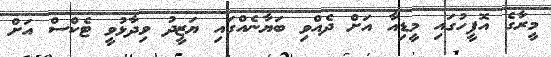
މީރާގެ އޮފީހުގައި މީޑިއާ އަށް ދެއްވި ބަޔާނެއްގައި ޔަޒީދު ވިދާޅުވީ ޓެކްސް އަށް